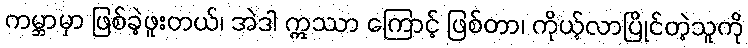
ကမ္ဘာမှာ ဖြစ်ခဲ့ဖူးတယ်၊ အဲဒါ ဣဿာ ကြောင့် ဖြစ်တာ၊ ကိုယ့်လာပြိုင်တဲ့သူကို